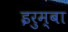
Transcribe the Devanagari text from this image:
इरुम्बा